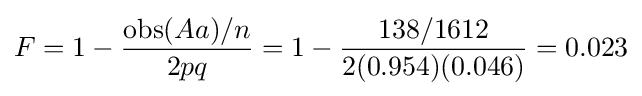
F=1-{\frac {\mathrm {obs} (Aa)/n}{2pq}}=1-{138/1612 \over 2(0.954)(0.046)}=0.023